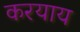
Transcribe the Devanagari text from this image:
करयाय